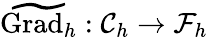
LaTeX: \widetilde{\mathrm{Grad}_{h}}:\mathcal{C}_{h}\rightarrow\mathcal{F}_{h}